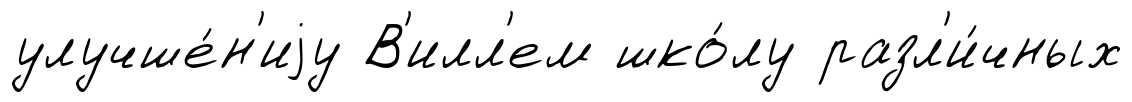
улучше́н'иjу В'илл'ем шко́лу разл'и́чных